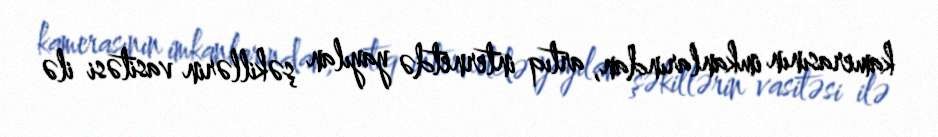
kamerasının imkanlarından, artıq internetdə yayılan şəkillərin vasitəsi ilə